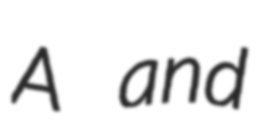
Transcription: A and